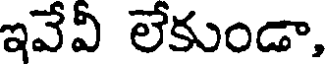
ఇవేవీ లేకుండా,